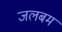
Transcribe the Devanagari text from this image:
जलबम